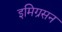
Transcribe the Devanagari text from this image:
इमिग्रसन